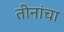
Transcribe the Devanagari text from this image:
तीनांचा